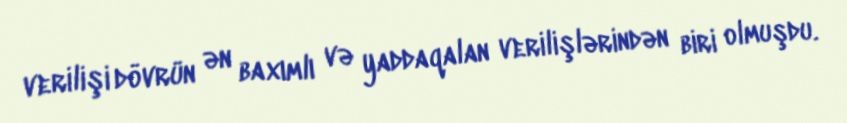
verilişi dövrün ən baxımlı və yaddaqalan verilişlərindən biri olmuşdu.